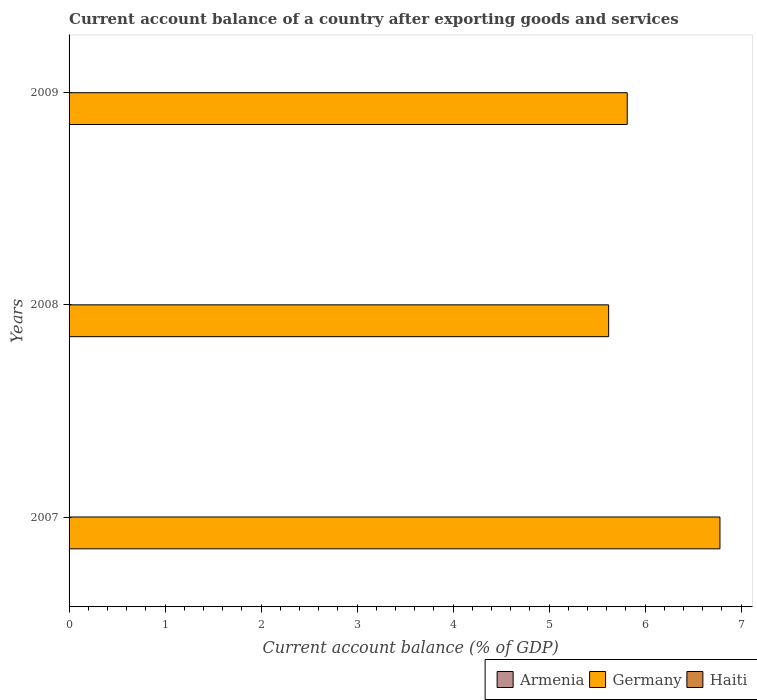
| Years | Armenia | Germany | Haiti |
 | --- | --- | --- | --- |
 | 2007 | -7.36 | 6.78 | -1.46 |
 | 2008 | -14.2 | 5.62 | -3.13 |
 | 2009 | -16.5 | 5.81 | -1.86 |